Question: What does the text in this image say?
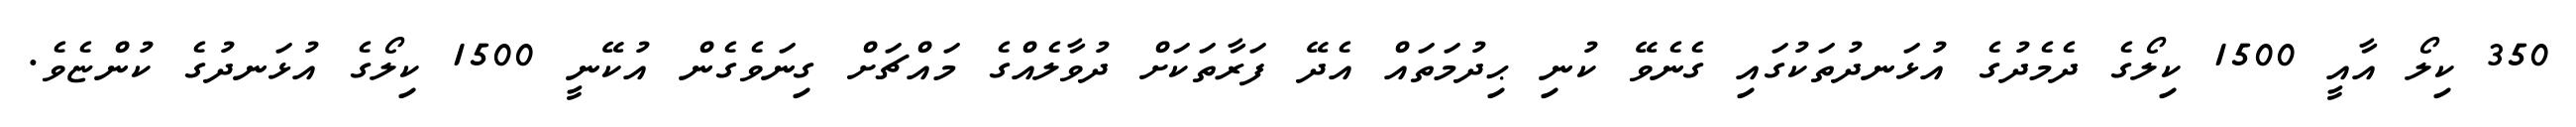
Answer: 350 ކިލޯ އާއީ 1500 ކިލޯގެ ދެމެދުގެ އުޅަނދުތަކުގައި ގެނެވޭ ކުނި ޙިދުމަތައް އެދޭ ފަރާތަކަށް ދުވާލެއްގެ މައްޗަށް ގިނަވެގެން އުކޭނީ 1500 ކިލޯގެ އުޅަނދުގެ ކުންޏެވެ.